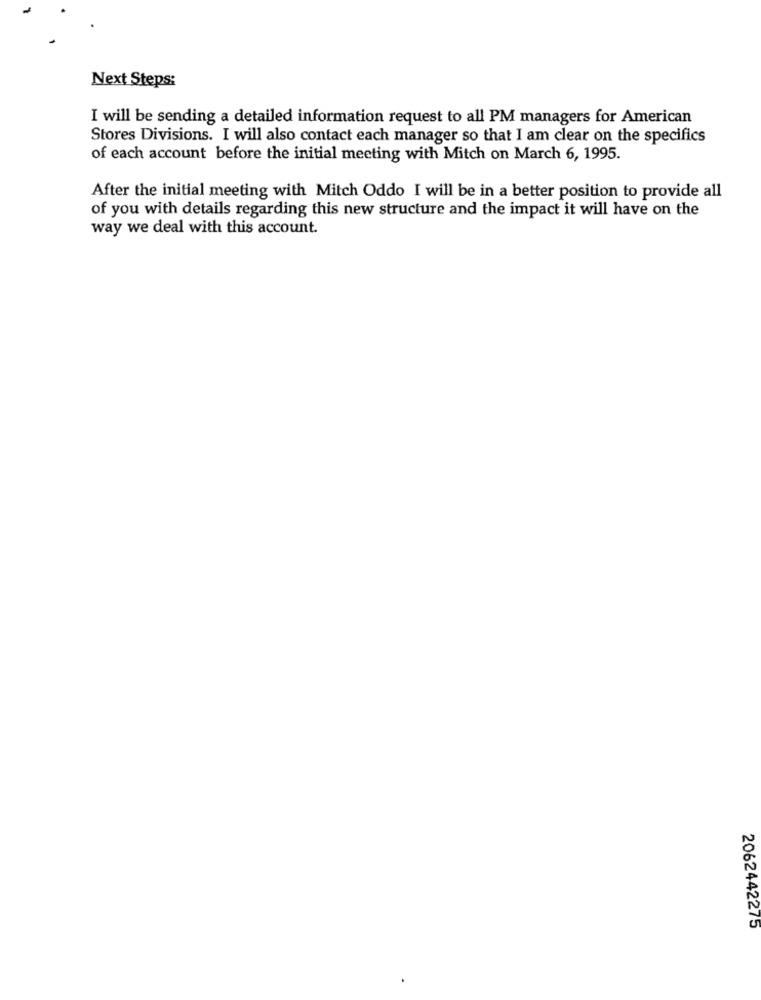
Next Steps:
I will be sending a detailed information request to all PM managers for American
Stores Divisions. I will also contact each manager so that I am clear on the specifics
of each account before the initial meeting with Mitch on March 6, 1995.
After the initial meeting with Mitch Oddo I will be in a better position to provide all
of you with details regarding this new structure and the impact it will have on the
way we deal with this account.
2062442275